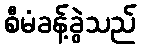
စီမံခန့်ခွဲသည်